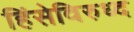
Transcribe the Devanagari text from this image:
हिंसेविरुध्द